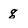
Character: g